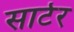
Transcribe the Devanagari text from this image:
सार्टर